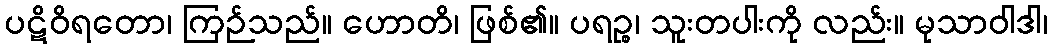
ပဋိဝိရတော၊ ကြဉ်သည်။ ဟောတိ၊ ဖြစ်၏။ ပရဉ္စ၊ သူးတပါးကို လည်း။ မုသာဝါဒါ၊